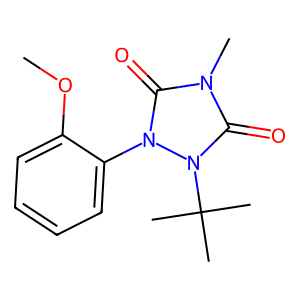
SMILES: COc1ccccc1-n1c(=O)n(C)c(=O)n1C(C)(C)C
Inhibits HIV replication: No